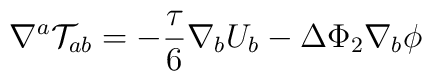
\nabla^a{\cal T}_{ab}= -\frac{\tau}{6}\nabla_b U_b-\Delta\Phi_2\nabla_b \phi